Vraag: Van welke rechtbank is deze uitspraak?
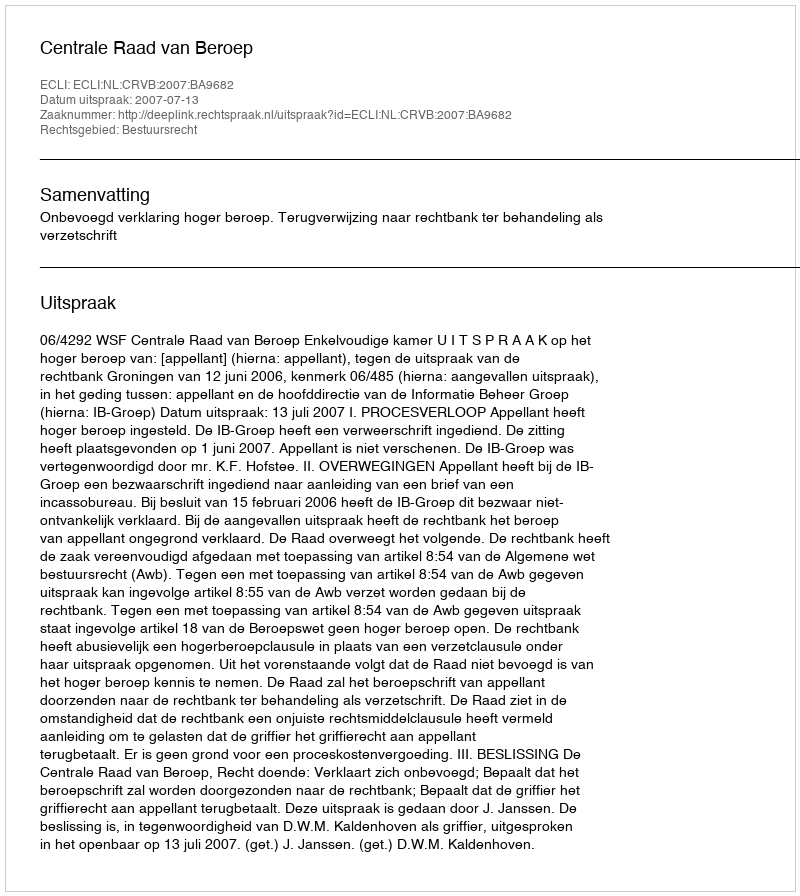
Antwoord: Centrale Raad van Beroep